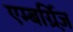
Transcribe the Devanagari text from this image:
एम्बर्ग्रिज़